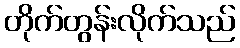
တိုက်တွန်းလိုက်သည်